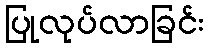
ပြုလုပ်လာခြင်း